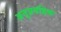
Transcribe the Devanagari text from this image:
अनुप्रवहिक